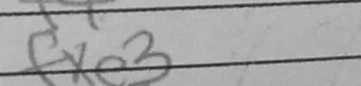
Transcription: fxe3